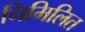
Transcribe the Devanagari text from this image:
निमिलित